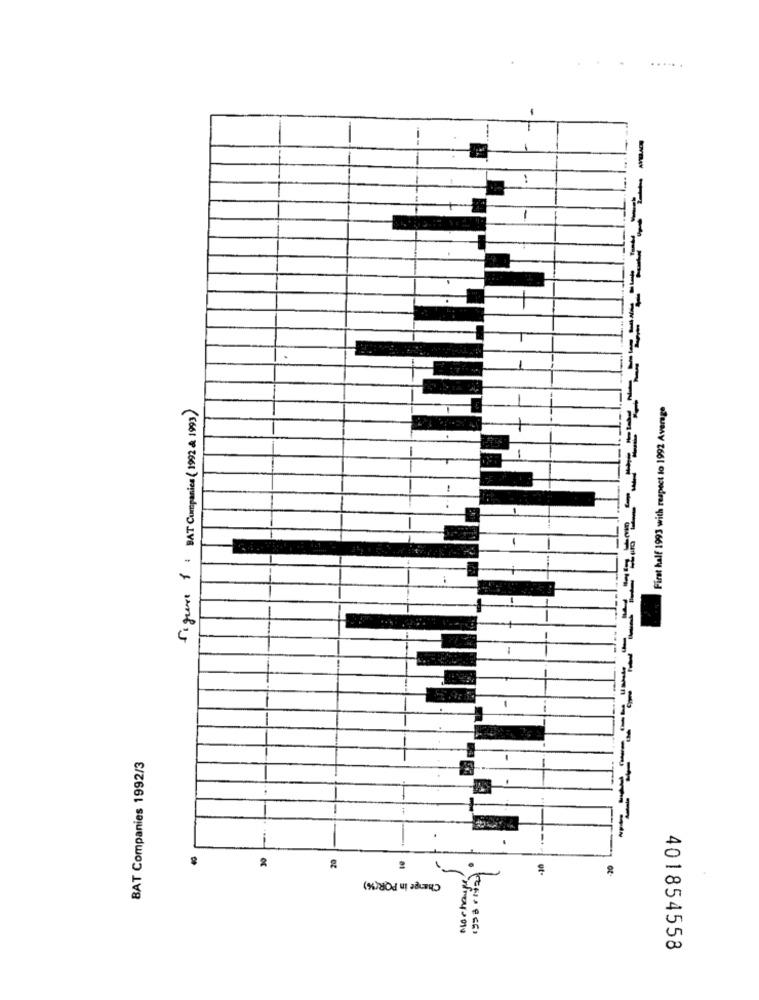
-
..
First half 1993 with respect to 1992 Average
Sigue 1: BAT Companies (1992 & 1993)
BAT Companies 1992/3
..
2
Change in POR(%)
Nochange
401854558